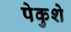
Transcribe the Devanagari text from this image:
पेकुशे